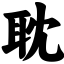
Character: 耽